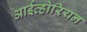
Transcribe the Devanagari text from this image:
आईव्होरियन